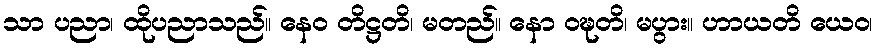
သာ ပညာ၊ ထိုပညာသည်။ နေဝ တိဋ္ဌတိ၊ မတည်။ နော ဝဍ္ဎတိ၊ မပွား။ ဟာယတိ ယေဝ၊